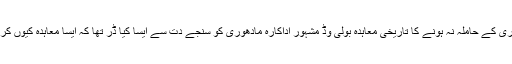
مادھوری کے حاملہ نہ ہونے کا تاریخی معاہدہ بولی وڈ مشہور اداکارہ مادھوری کو سنجے دت سے ایسا کیا ڈر تھا کہ ایسا معاہدہ کیوں کرنا پڑا؟